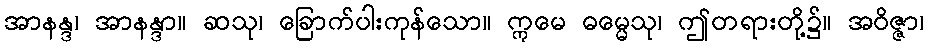
အာနန္ဒ၊ အာနန္ဒာ။ ဆသု၊ ခြောက်ပါးကုန်သော။ ဣမေ ဓမ္မေသု၊ ဤတရားတို့၌။ အဝိဇ္ဇာ၊